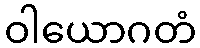
ဝါယောဂတံ